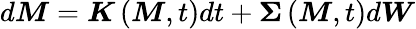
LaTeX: d\boldsymbol{M}=\boldsymbol{K}\left(\boldsymbol{M},t\right)dt+\mathbf{\Sigma}\left(\boldsymbol{M},t\right)d\boldsymbol{W}